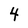
Character: 4